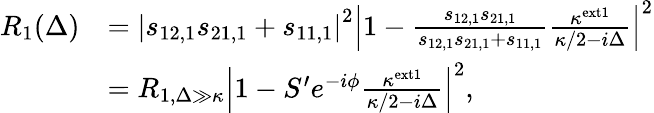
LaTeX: \begin{array}{rl}{R_{1}(\Delta)}&{=\left|s_{12,1}s_{21,1}+s_{11,1}\right|^{2}\left|1-\frac{s_{12,1}s_{21,1}}{s_{12,1}s_{21,1}+s_{11,1}}\frac{\kappa^{\mathrm{ext1}}}{\kappa/2-i\Delta}\right|^{2}}\\ &{=R_{1,\Delta\gg\kappa}\left|1-S^{\prime}e^{-i\phi}\frac{\kappa^{\mathrm{ext1}}}{\kappa/2-i\Delta}\right|^{2},}\end{array}